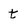
Character: t